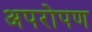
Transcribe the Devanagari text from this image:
अपरोपण